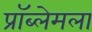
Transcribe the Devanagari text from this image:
प्रॉब्लेमला